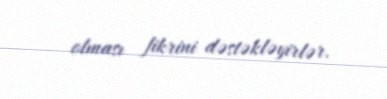
olması fikrini dəstəkləyirlər.